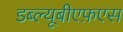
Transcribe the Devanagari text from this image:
डब्ल्यूबीएफ़एस